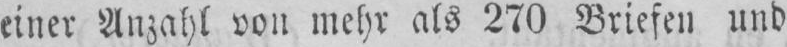
einer Anzahl von mehr als 270 Briefen und